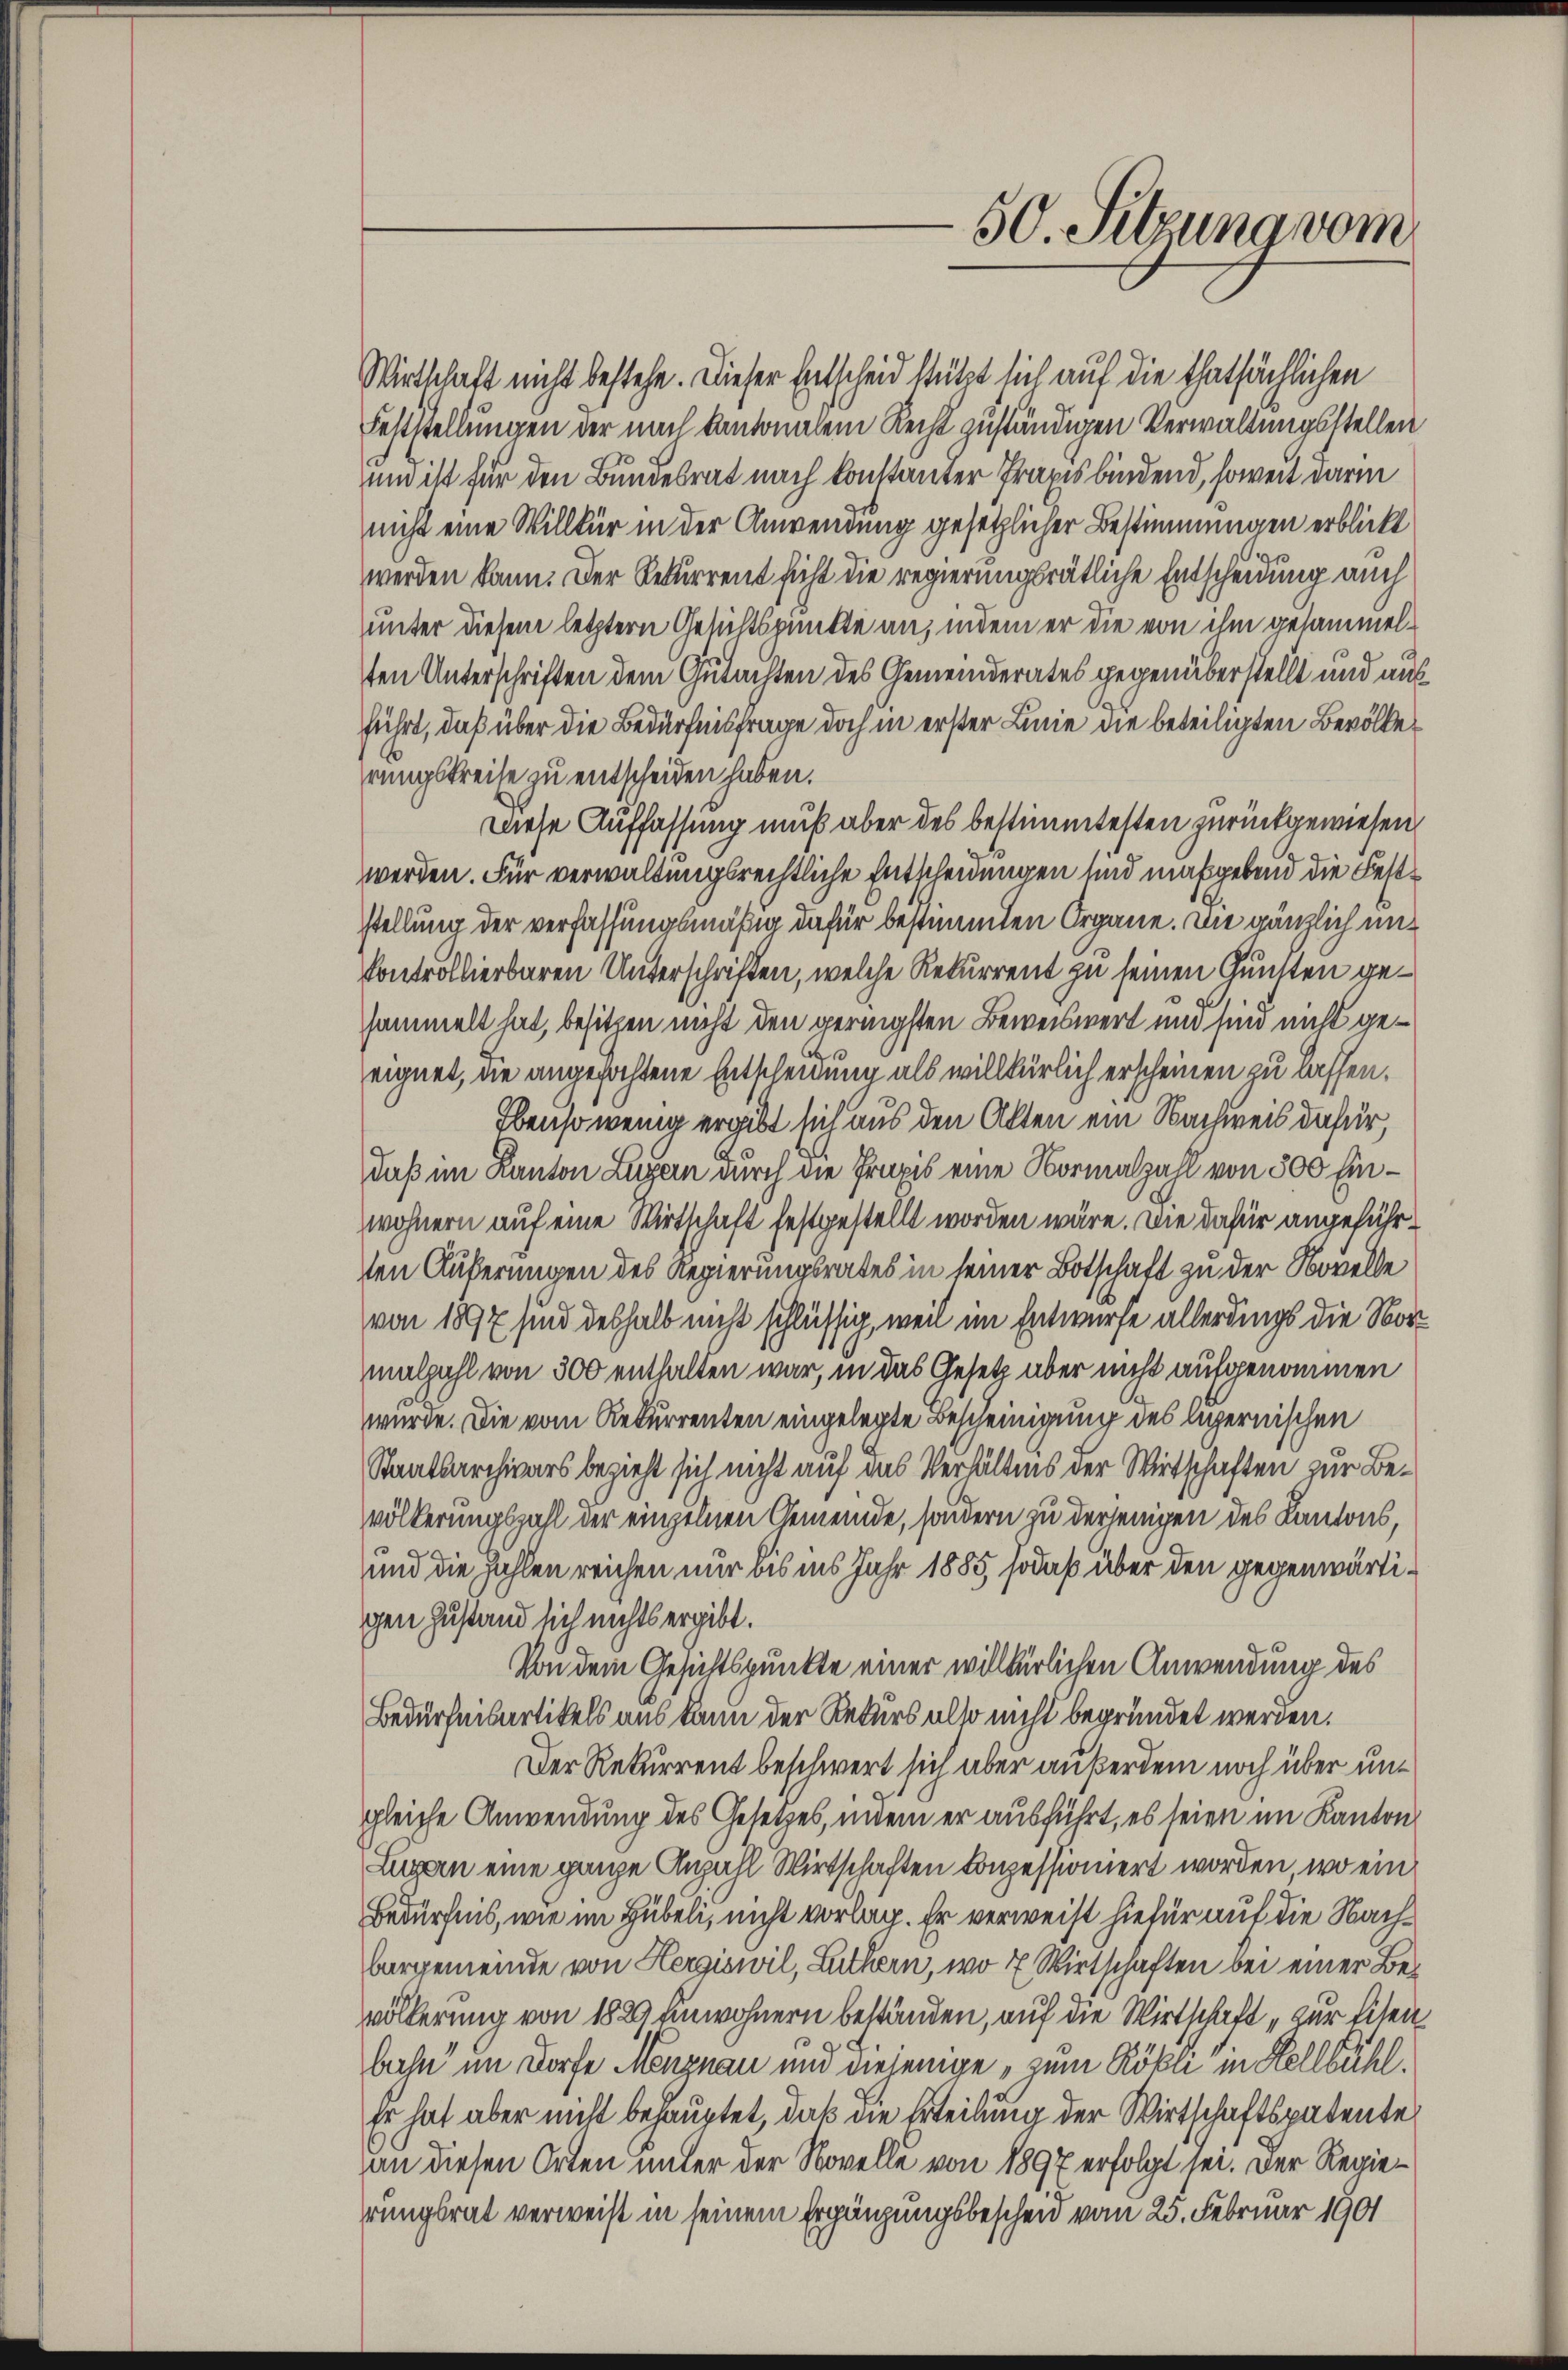
Wirtschaft nicht bestehe. Dieser Entscheid stützt sich auf die thatsächlichen
Feststellungen der nach kantonalem Recht zuständigen Verwaltungsstellen
un ist für den Bundesrat nach konstanter Praxis bindend, soweit darin
nicht eine Willkür in der Anwendung gesetzlicher Bestimmungen erblickt
werden kann. Der Rekurrent sicht die regierungsrätliche Entscheidung auch
unter diesem letztern Gesichtspunkte an, indem er die von ihm gesammelten Unterschriften dem Gutachten des Gemeinderates gegenüberstellt und auf
führt, daß über die Bedürfnisfrage doch in erster Linie die beteiligten Bevölkerungskreise zu entscheiden haben.
Diese Auffassung muß aber des bestimmtesten zurückgewiesen,
werden. Für verwaltungsrechtliche Entscheidungen sind maßgebend die Feststellung der verfassungsmäßig dafür bestimmten Organe. Die gänzlich un¬
Kontrollierbaren Unterschriften, welche Rekurrent zu seinen Gunsten geammelt hat, besitzen nicht den geringsten Beweiswert und sind nicht geeignet, die angefochtene Entscheidung als willkürlich erscheinen zu lassen.
Ebensowenig ergibt sich aus den Akten ein Nachweis dafür,
daß im Kanton Luzern durch die Praxis eine Normalzahl von 500 Einwohnern auf eine Wirtschaft festgestellt worden wäre. Die dafür angeführten Äußerungen des Regierungsrates in seiner Botschaft zu der Novelle
von 1897 sind deshalb nicht schlüssig, weil im Entwurfe allerdings die Nor
malzahl von 300 enthalten war, in das Gesetz aber nicht aufgenommen
wurde. Die vom Rekurrenten eingelegte Bescheinigung des ligernischen
Staatsarchivars bezieht sich nicht auf das Verhältnis der Wirtschaften zur Bevölkerungszahl der einzelnen Gemeinde, sondern zu derjenigen des Kantons,
und die Zahlen reichen nur bis ins Jahr 1885, sodaß über den gegenwärtigen Zustand sich nichts ergibt.
Von dem Gesichtspunkte einer willkürlichen Anwendung des
Bedürfnisartikels aus kann der Rekurs also nicht begründet werden.
Der Rekurrent beschwert sich aber außerdem noch über ungleiche Anwendung des Gesetzes, indem er ausführt, es seien im Kanton
Lupen eine ganze Anzahl Wirtschaften konzessioniert worden, wo ein
Bedürfnis, wie im Hübeli, nicht vorlag. Er verweist hiefür auf die Nachbargemeinde von Hergiswil, Luthern, wo 7 Wirtschaften bei einer Bevölkerung von 1820 Einwohnern beständen, auf die Wirtschaft „zur Eisen
bahn im Dorfe Menznau und diejenige, zum Rökli in Stellbühl.
Er hat aber nicht behauptet, daß die Erteilung der Wirtschaftspatente
an diesen Orten unter der Novelle von 1897 erfolgt sei. Der Regierungsrat verweist in seinem Ergänzungsbescheid vom 25. Februar 1901

50. Sitzung vom